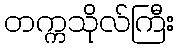
တက္ကသိုလ်ကြီး